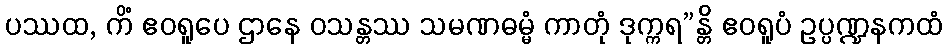
ပဿထ, ကိံ ဧဝရူပေ ဌာနေ ဝသန္တဿ သမဏဓမ္မံ ကာတုံ ဒုက္ကရ”န္တိ ဧဝရူပံ ဥပ္ပဏ္ဍနကထံ